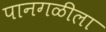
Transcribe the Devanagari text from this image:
पानगळीला